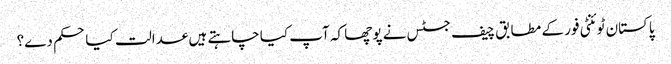
پاکستان ٹوئنٹی فور کے مطابق چیف جسٹس نے پوچھا کہ آپ کیا چاہتے ہیں عدالت کیا حکم دے؟